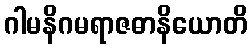
ဂါမနိဂမရာဇဓာနိယောတိ